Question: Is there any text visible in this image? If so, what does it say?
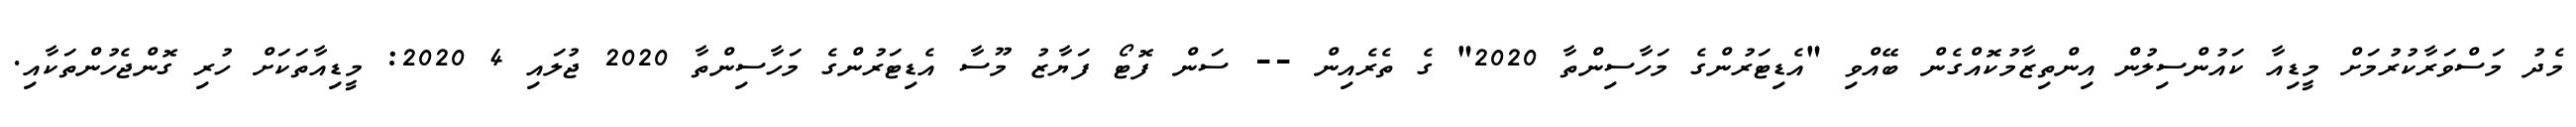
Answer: މެދު މަސްވަރާކުރުމަށް މީޑިއާ ކައުންސިލުން އިންތިޒާމުކޮއްގެން ބޭއްވި "އެޑިޓަރުންގެ މަހާސިންތާ 2020" ގެ ތެރެއިން -- ސަން ފޮޓޯ ފަޔާޒު މޫސާ އެޑިޓަރުންގެ މަހާސިންތާ 2020 ޖުލައި 4 2020: މީޑިއާތަކަށް ހުރި ގޮންޖެހުންތަކާއި.